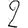
Digit: 2